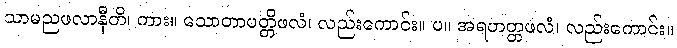
သာမညဖလာနီတိ၊ ကား။ သောတာပတ္တိဖလံ၊ လည်းကောင်း။ ပ။ အရဟတ္တဖလံ၊ လည်းကောင်း။